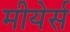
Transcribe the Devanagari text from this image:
मीयेर्स